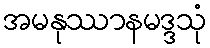
အမနုဿာနမဒ္ဒသုံ